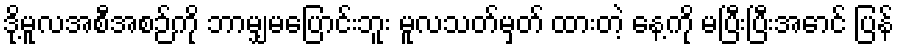
ဒို့မူလအစီအစဉ်ကို ဘာမျှမပြောင်းဘူး မူလသတ်မှတ် ထားတဲ့ နေ့ကို မပြီးပြီးအောင် ပြန်